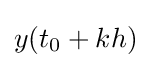
y(t_{0}+kh)